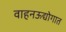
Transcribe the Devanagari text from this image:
वाहनऊद्योगात